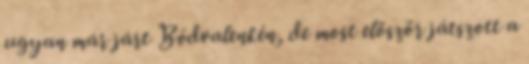
ugyan már járt Bódvalenkén, de most először játszott a